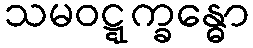
သမဝဋ္ဋက္ခန္ဓော